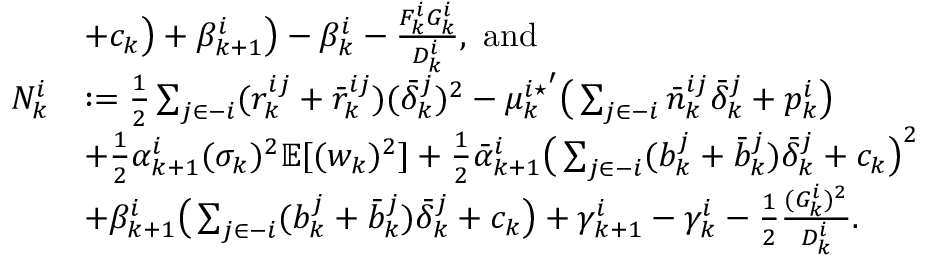
\begin{array} { r l } & { + c _ { k } \big ) + \beta _ { k + 1 } ^ { i } \big ) - \beta _ { k } ^ { i } - \frac { F _ { k } ^ { i } G _ { k } ^ { i } } { D _ { k } ^ { i } } , ~ \mathrm { a n d } } \\ { N _ { k } ^ { i } } & { : = \frac { 1 } { 2 } \sum _ { j \in - i } ( r _ { k } ^ { i j } + \bar { r } _ { k } ^ { i j } ) ( \bar { \delta } _ { k } ^ { j } ) ^ { 2 } - { \mu _ { k } ^ { i \star } } ^ { \prime } \big ( \sum _ { j \in - i } \bar { n } _ { k } ^ { i j } \bar { \delta } _ { k } ^ { j } + p _ { k } ^ { i } \big ) } \\ & { + \frac { 1 } { 2 } \alpha _ { k + 1 } ^ { i } ( \sigma _ { k } ) ^ { 2 } \mathbb { E } [ ( w _ { k } ) ^ { 2 } ] + \frac { 1 } { 2 } \bar { \alpha } _ { k + 1 } ^ { i } \big ( \sum _ { j \in - i } ( b _ { k } ^ { j } + \bar { b } _ { k } ^ { j } ) \bar { \delta } _ { k } ^ { j } + c _ { k } \big ) ^ { 2 } } \\ & { + \beta _ { k + 1 } ^ { i } \big ( \sum _ { j \in - i } ( b _ { k } ^ { j } + \bar { b } _ { k } ^ { j } ) \bar { \delta } _ { k } ^ { j } + c _ { k } \big ) + \gamma _ { k + 1 } ^ { i } - \gamma _ { k } ^ { i } - \frac { 1 } { 2 } \frac { ( G _ { k } ^ { i } ) ^ { 2 } } { D _ { k } ^ { i } } . } \end{array}